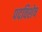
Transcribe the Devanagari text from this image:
पदविशेष